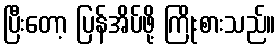
ပြီးတော့ ပြန်အိပ်ဖို့ ကြိုးစားသည်။